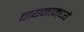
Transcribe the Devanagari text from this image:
चायनामध्ये